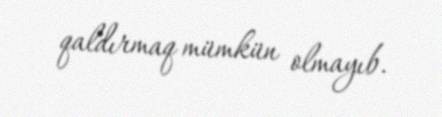
qaldırmaq mümkün olmayıb.